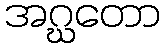
အဂ္ဃတော